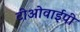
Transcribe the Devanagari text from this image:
टीओवाईपी